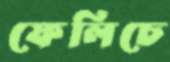
ফেলিচে